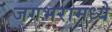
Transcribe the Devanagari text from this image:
जगभरामध्ये